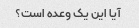
آیا این یک وعده است؟